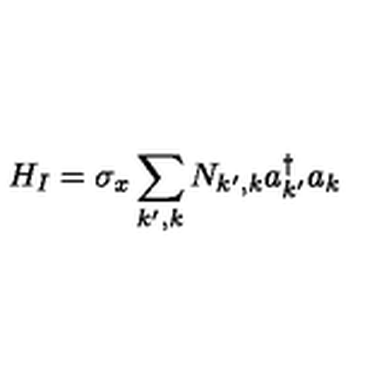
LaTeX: H _ { I } = \sigma _ { x } \sum _ { k ^ { \prime } , k } N _ { k ^ { \prime } , k } a _ { k ^ { \prime } } ^ { \dagger } a _ { k }